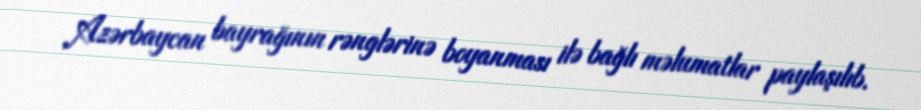
Azərbaycan bayrağının rənglərinə boyanması ilə bağlı məlumatlar paylaşılıb.